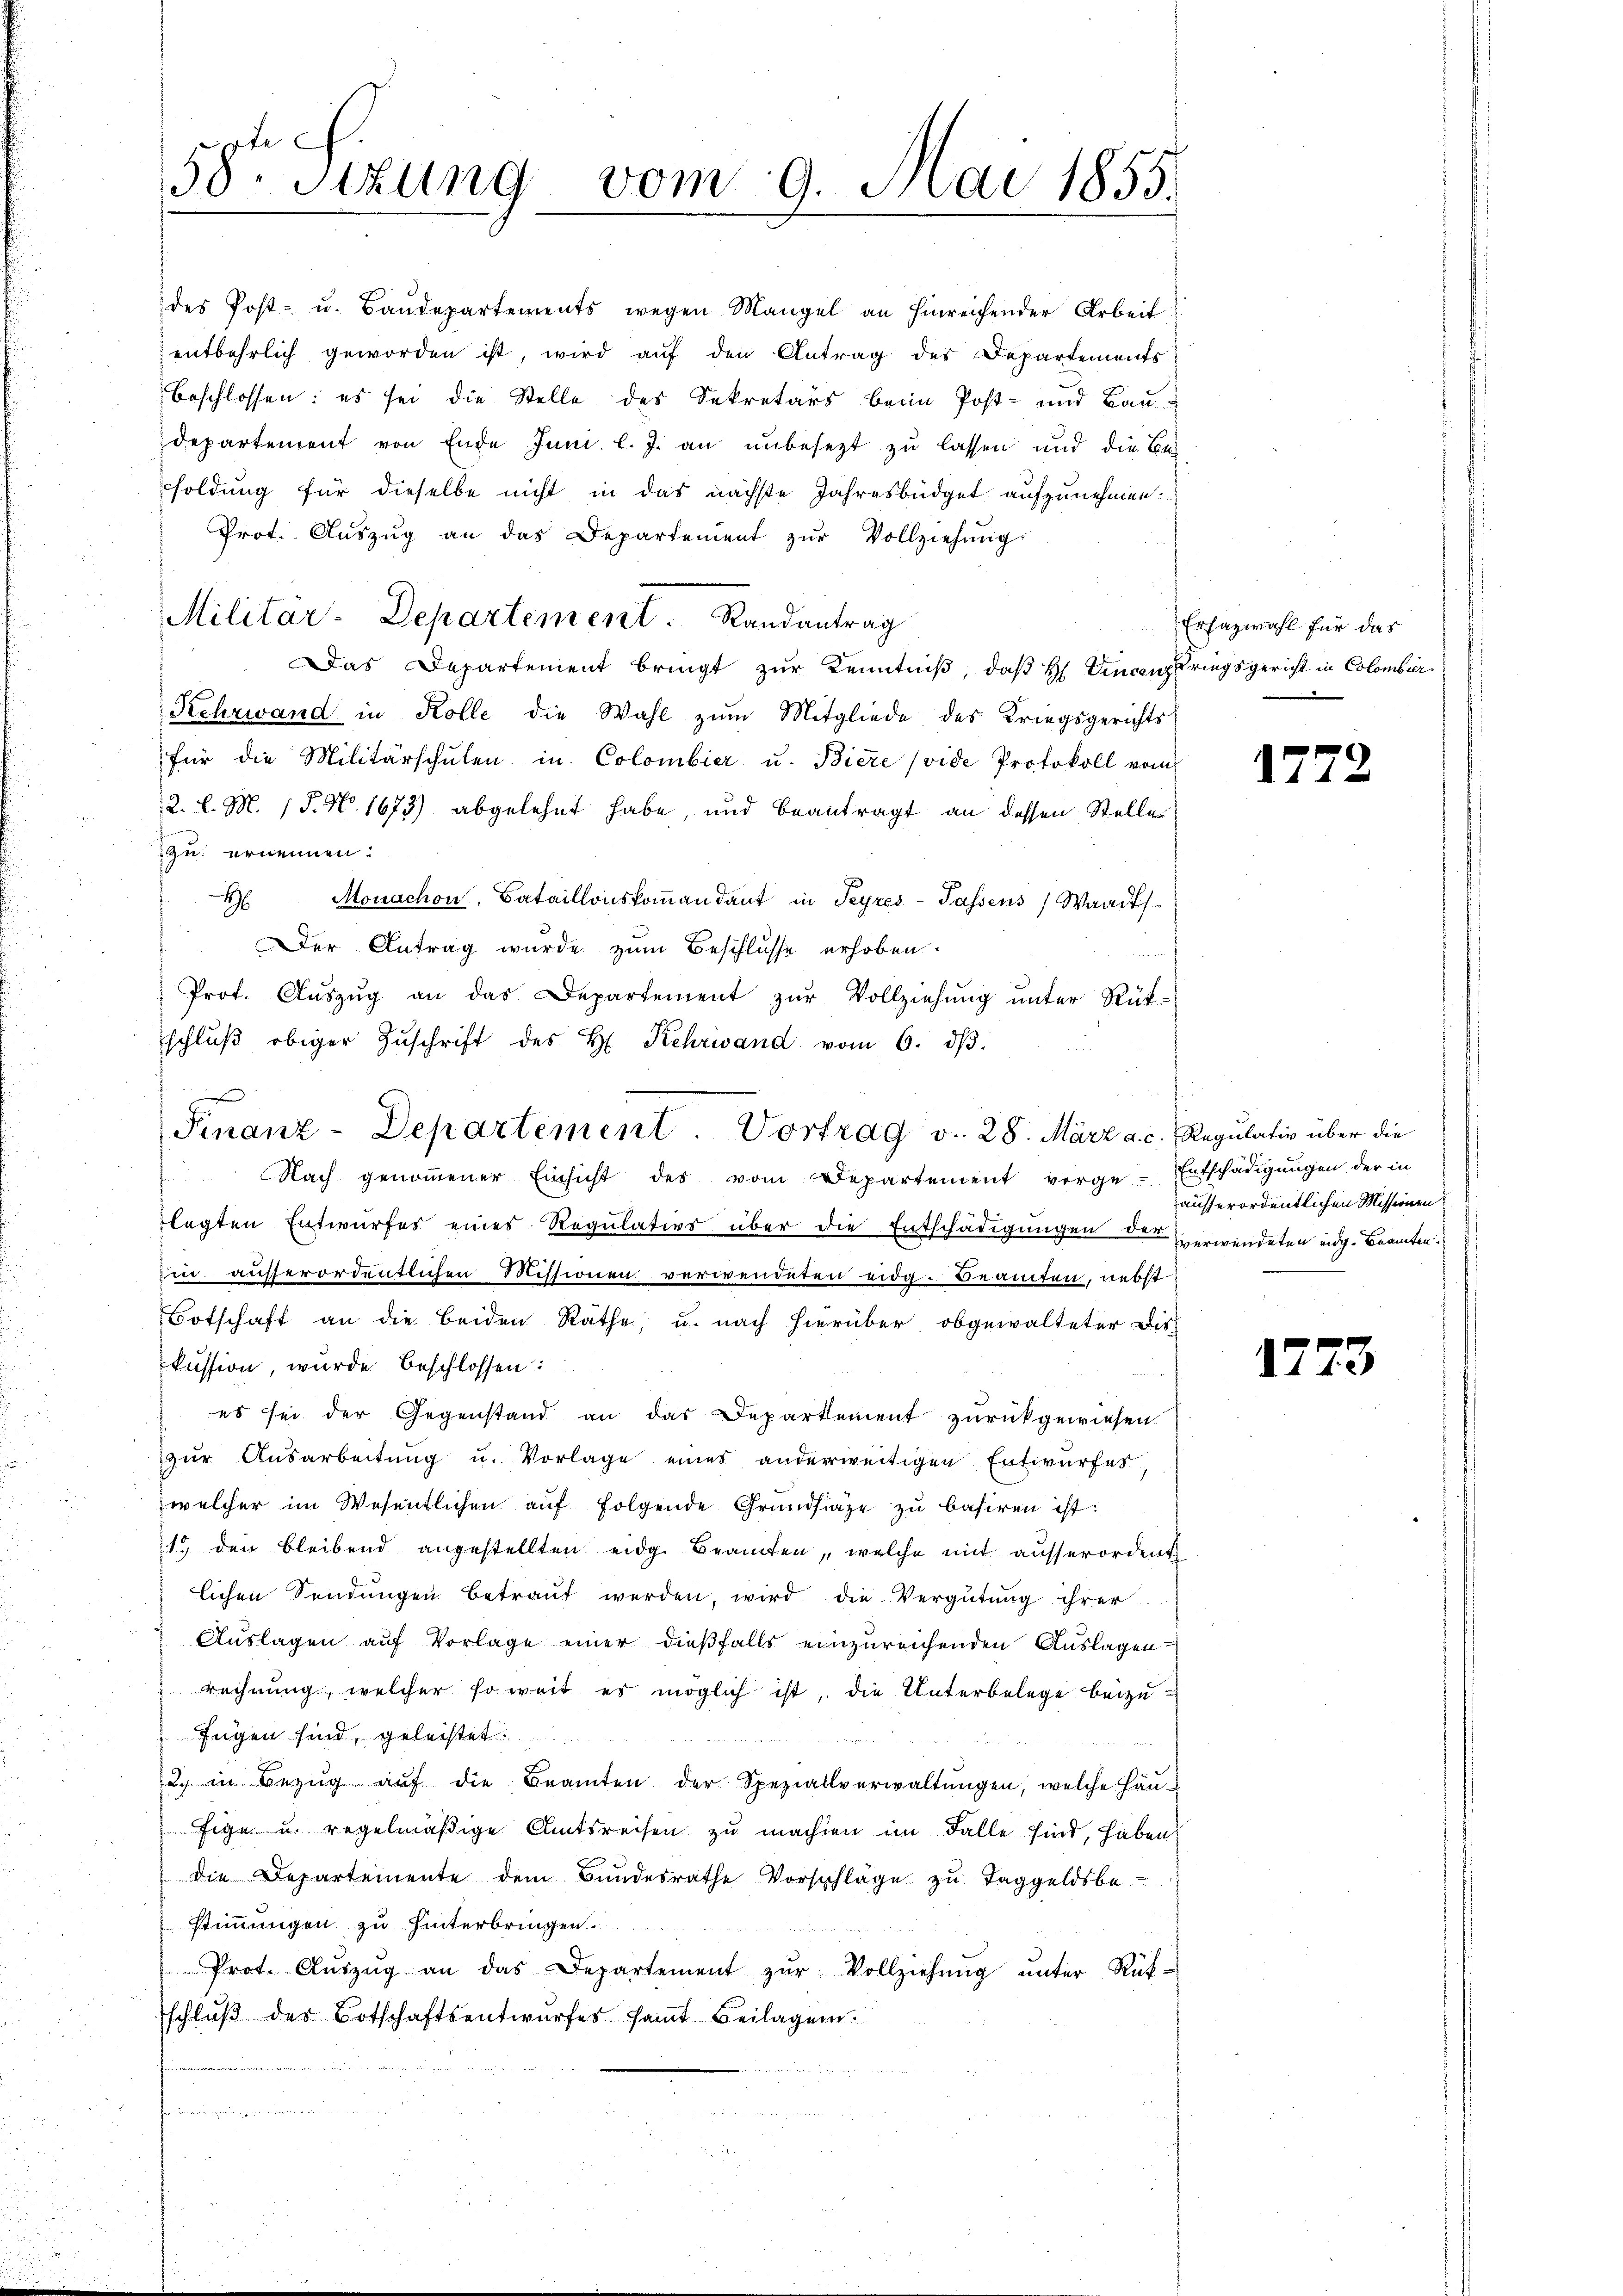
des Post- u. Baudepartements wegen Mangel an hinreichender Arbeit
entbehrlich geworden ist, wird aŭf den Antrag des Departements
beschlossen: es sei die Stelle des Sekretärs beim Post- und Bau
departement von Ende Juni l. J. an unbesezt zu lassen und die Be-
soldung für dieselbe nicht in das nächste Jahresbüdget aufzunehmen.
Prot. Aŭszŭg an das Departement zŭr Vollziehŭng
Das Departement bringt zur Kenntniß, daß H. Vincenzpringsgericht in Colombur¬
Kehrwand in Kolle die Wahl zum Mitgliede des Kriegsgerichts-
für die Militärschulen in Colombier u. Biere (vide Protokoll vom
2. l. M. P. No. 1673) abgelehnt habe, und beantragt an dessen Stelle
i
zu ernennen.
 Monachon, Bataillonskommandant in Teyres Passens, Waadt
Der Antrag wurde zum Beschlusse erhoben.
Prot. Auszug an das Departement zur Vollziehung unter Rük-
schlŭβ obiger Zŭschrift des H. Rehrwand vom 6. dβ.

58. Sizung vom 9. Mai 1855.

Militär-Departement. Randantrag

Finanz-Departement. Vortrag v. 28. März a. c. Regŭlativ über die
 Nach genoṁener Einsicht des vom Departement vorge-Entschädigungen der in

Erfazwahl für das

legten Entwurfes eines Regulativs über die Entschädigungen der verwendeten eidg. Beamten
zin ausserordentlichen Missionen verwendeten eidg. Beamten, nebst
Botschaft an die beiden Räthe, u. nach hierüber obgewalteter Dis-
kussion, wurde beschlossen:
es sei der Gegenstand an das Departement zurückgewiesen
zur Ausarbeitung u. Vorlage eines anderweitigen Entwurfes
welcher im Wesentlichen auf folgende Grundsiaze zu basiren ist:
1. den bleibend angestellten eidg. Beamten, welche mit ausserordent
lichen Sendungen betraut werden, wird die Vergütung ihrer
Auslagen auf Vorlage einer dießfalls einzureichenden Auslagen
rechnung, welcher so weit es möglich ist, die Unterbelege beizufugen sind, geleistet.
e
2. in Bezug auf die Beamten der Speziallverwaltungen, welche Häufige u. regelmäßige Amtsreisen zu machten im Falle sind, haben
die Departemente dem Bŭndesrathe Vorschläge zŭ Taggeldsbe
stimmungen zu hinterbringen.
Prot. Aŭszŭg an das Departement zŭr Vollziehŭng ŭnter Rück-
schlŭβ des Botschaftsentwŭrfes samt Beilagen.
n

1772

ausserordentlichen Missionen:

1773